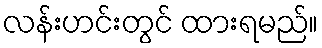
လန်းဟင်းတွင် ထားရမည်။